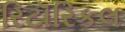
રિટૉરિકલ